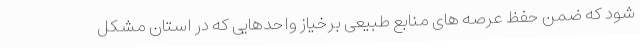
شود که ضمن حفظ عرصه های منابع طبیعی برخیاز واحدهایی که در استان مشکل